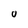
Character: 0